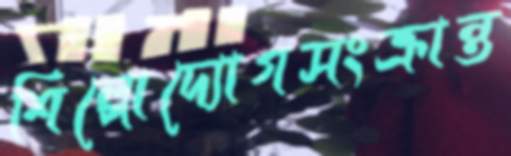
শিল্পোদ্যোগসংক্রান্ত